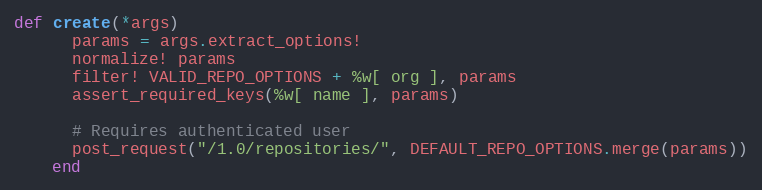
Language: Ruby
def create(*args)
      params = args.extract_options!
      normalize! params
      filter! VALID_REPO_OPTIONS + %w[ org ], params
      assert_required_keys(%w[ name ], params)

      # Requires authenticated user
      post_request("/1.0/repositories/", DEFAULT_REPO_OPTIONS.merge(params))
    end